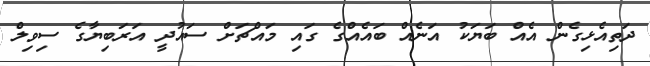
ދަތިއެޅިގެން އެއް ބަޔަކު އަނެއް ބައެއްގެ ގައި މައްޗަށް ސައުދީ އަރަބިޔާގެ ސިވިލް